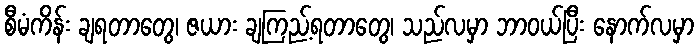
စီမံကိန်း ချရတာတွေ၊ ဇယား ချကြည့်ရတာတွေ၊ သည်လမှာ ဘာဝယ်ပြီး နောက်လမှာ